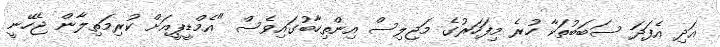
އަދި އެފަދަ ސަބަބުތަކާ ހުރެ މިފަހަރުގެ މަޖިލިސް އިންތިހާބުގައިވެސް "އެމްޑީޕީއަށް ކުރިމަތިލާން ޖެހޭނީ